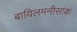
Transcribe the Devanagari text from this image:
बायिलमनीसांक